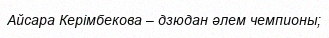
Айсара Керімбекова – дзюдан әлем чемпионы;